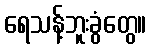
ရေသန့်ဘူးခွံတွေ။